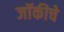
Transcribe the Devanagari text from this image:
जॉकीचे